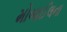
મોબાઈલના